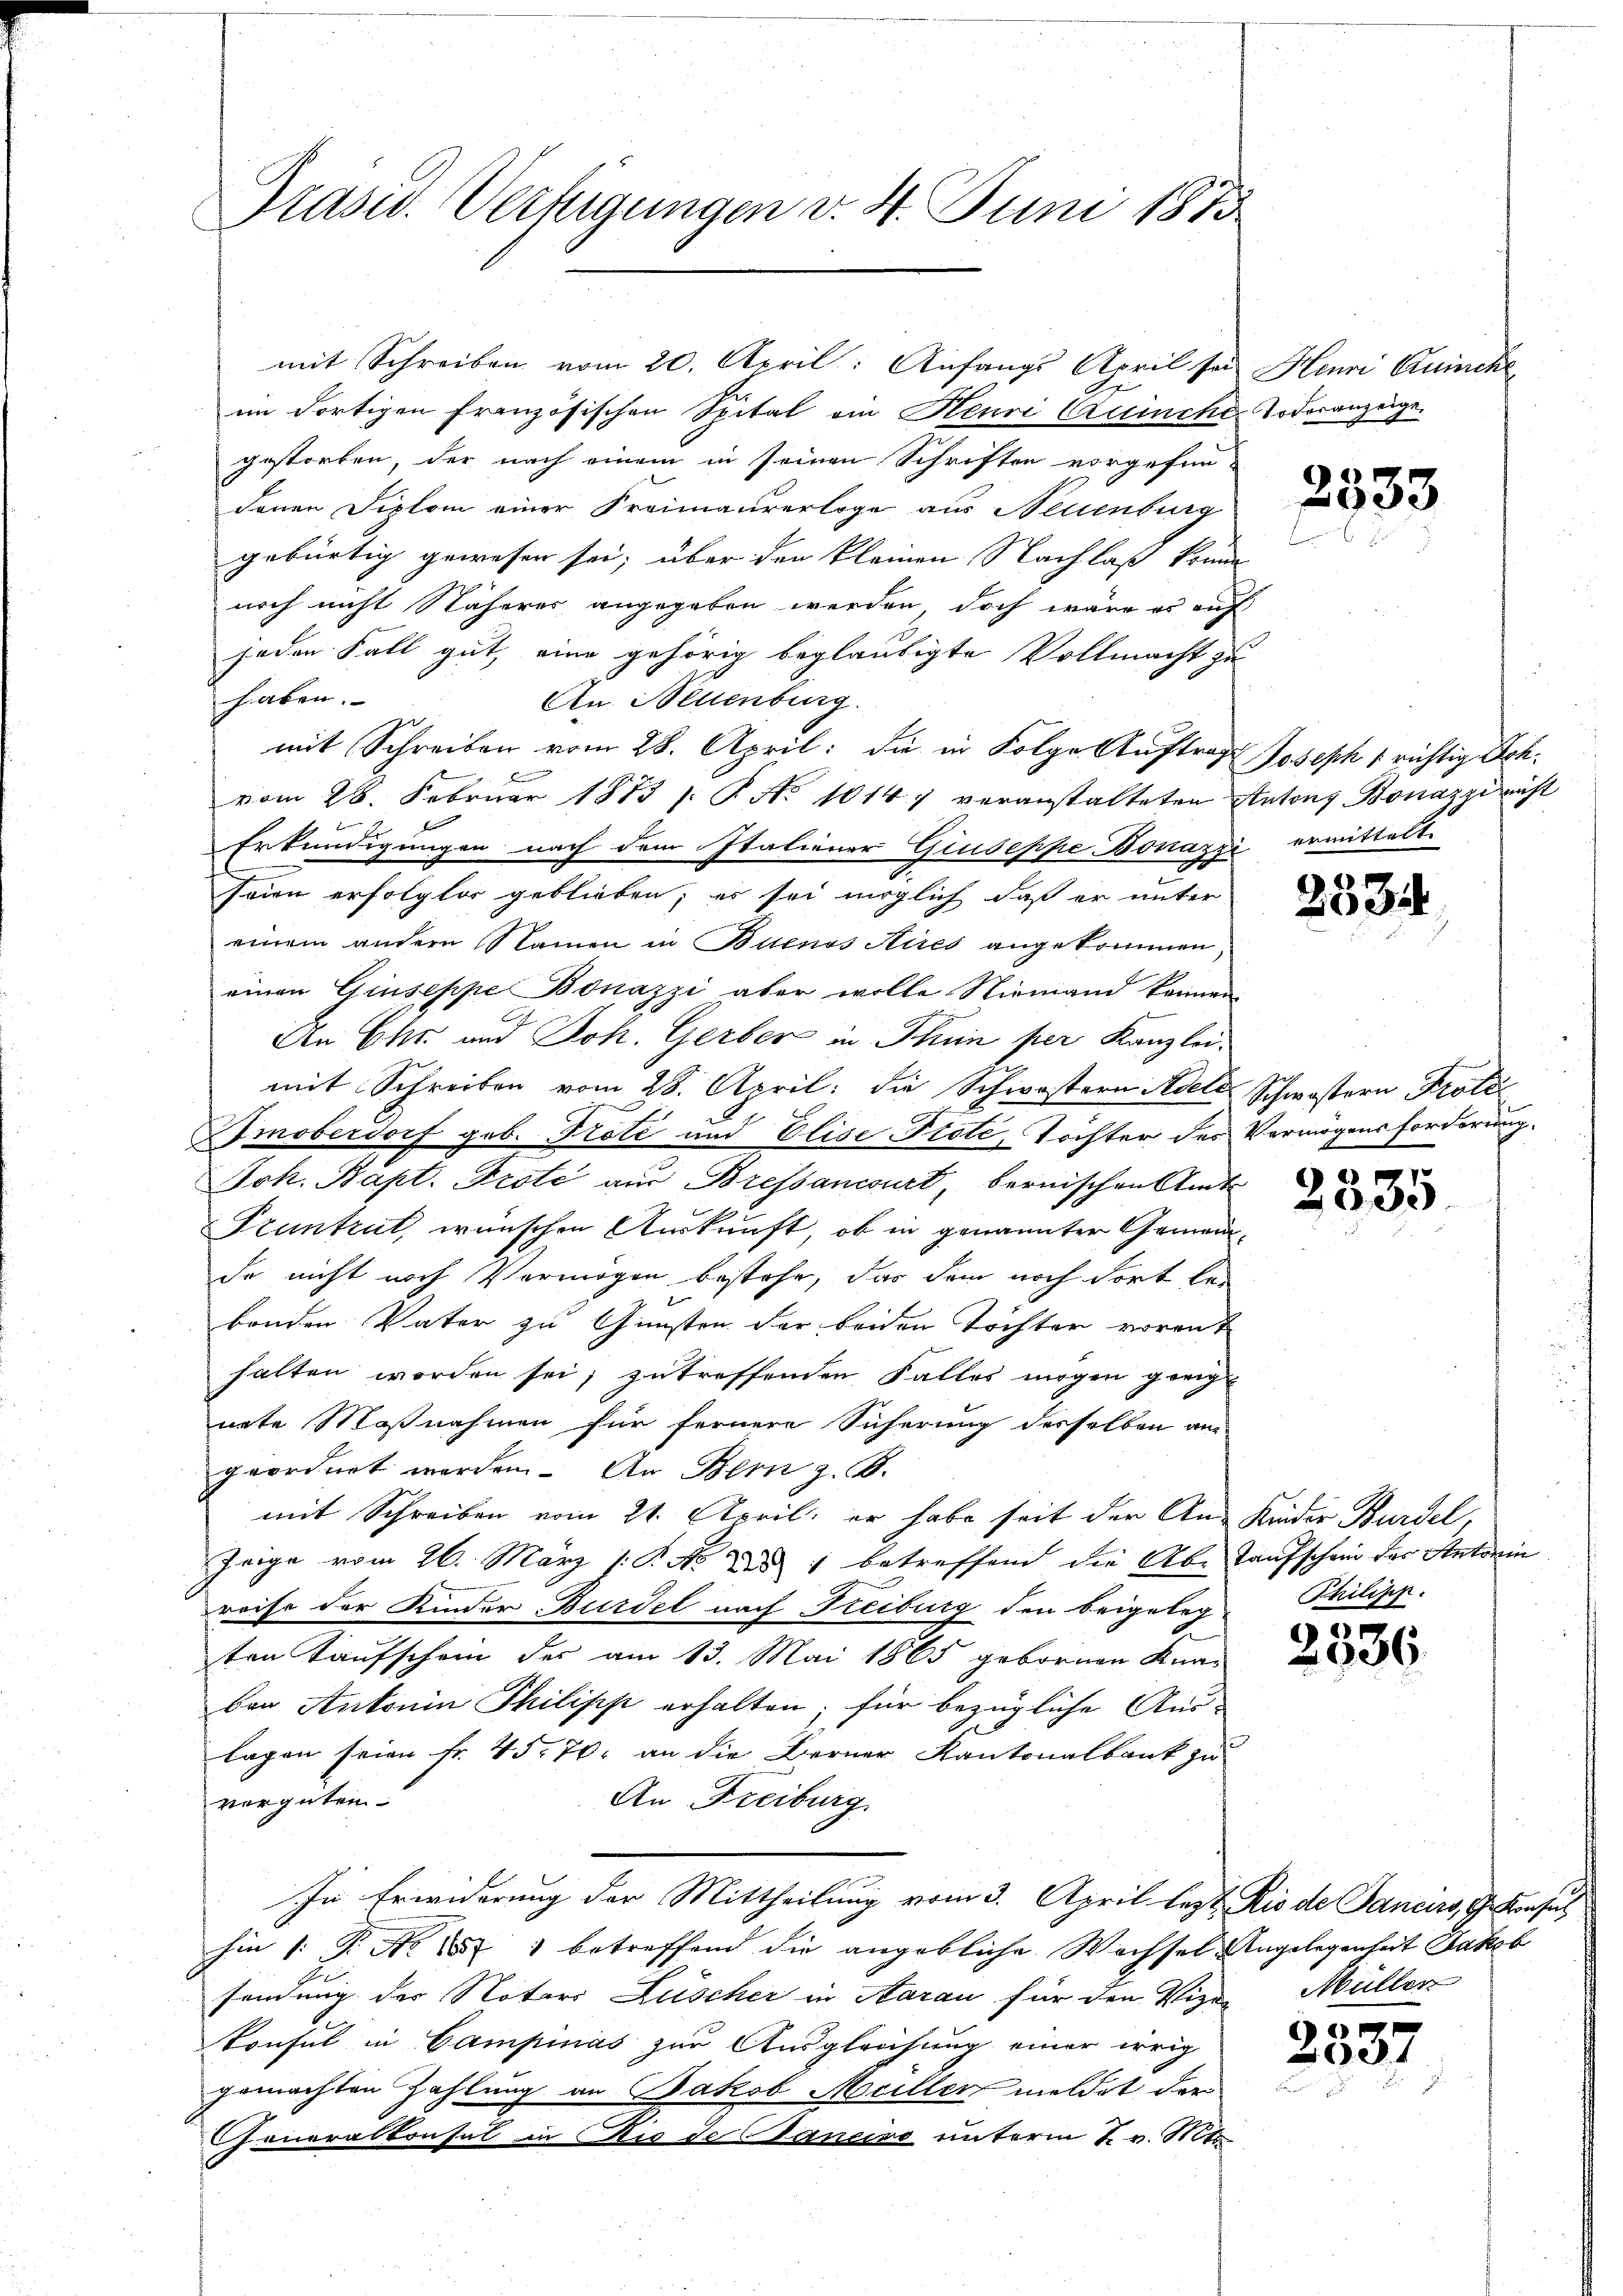
Drasw. Verfügungen v. 4. Juni 1875

mit Schreiben vom 20. April: Anfangs April sei Henri Quinche
im dortigen Französischen Spital am Henri Quinche Todesanzeigegestorben, der nach einem in seinen Schriften vorgefun-
denen Diplom einer Freimaurerloge aus Neuenburg
gebürtig gewesen sei; über den kleinen Nachlaß könne
noch nicht Näheres angegeben werden, doch wäre es auf
jeden Fall gut, eine gehörig beglaubigte Vollmacht zu
haben.
An Neuenburg
mit Schreiben vom 28. April: die in Folge Auftrag Joseph richtig Sch.
vom 28. Februar 1873 /: P. No 1014, veranstalteten Antons Bonazzi nicht
Erkundigungen nach dem Statiener Giuseppe Bonazzi
n
seien erfolglos geblieben; es sei möglich daß er unter
einem andern Namen in Buenos Aires angekommen,
einen Giuseppe Bonazzi aber wolle Niemand können.
An Ehr und Joh. Gerber in Thun per Kanzlei.
mit Schreiben vom 28. April: die Schwestern Adels Schwestern Prote
Smoberdorf geb. Prote und Elise Prote, Tochter des Vermögensforderung
Jok. Bapt. Prote aus Bressancourt, bernischen Amts
Fruntrut, wünschen Auskunft, ob in genannter Gemein-
da nicht noch Vermögen bestehe, das dem noch dort lebonden Vater zu Gunsten der beiden Töchter vorant
halten worden sei, zutreffenden Falles mögen geeig
nete Maßnahmen für fernere Sicherung desselben am
geordnet werden. An Bern z. B.
mit Schreiben vom 21. April, er habe seit der Aus Kinder Bundel,
Zeige vom 26. März /: P. No 21 betreffend die Abe Taufschein der Autorin
reise der Kinder-Bürdel nach Treiburg den beigeleg
ten Kaufschein der am 13. Mai 1865 gebornen Knaben Antonin Philipp erhalten; für bezügliche Aus-
lagen seien fr. 45. 70. an die Berner Kantonalbank zu
vergüten.
An Freiburg
In Erwiderung der Mittheilung vom 3. April legt. Rio de Janeirs, Th. Kas
hin 1. P. No 1571 betreffend die angebliche Wachsel Angelegenheit Jakob
sendung der Noter Lüscher in Aarau für den Vize-Müller
Konsul in Campinas zur Ausgleichung einer irrig
gemachten Zahlung an Jakob Müller meldet der
oneralkonsul in Rio de Bancivo unterm 7. v. St.

2333

ermittelt.

2534

2335

Philisch.

2536

¬
1